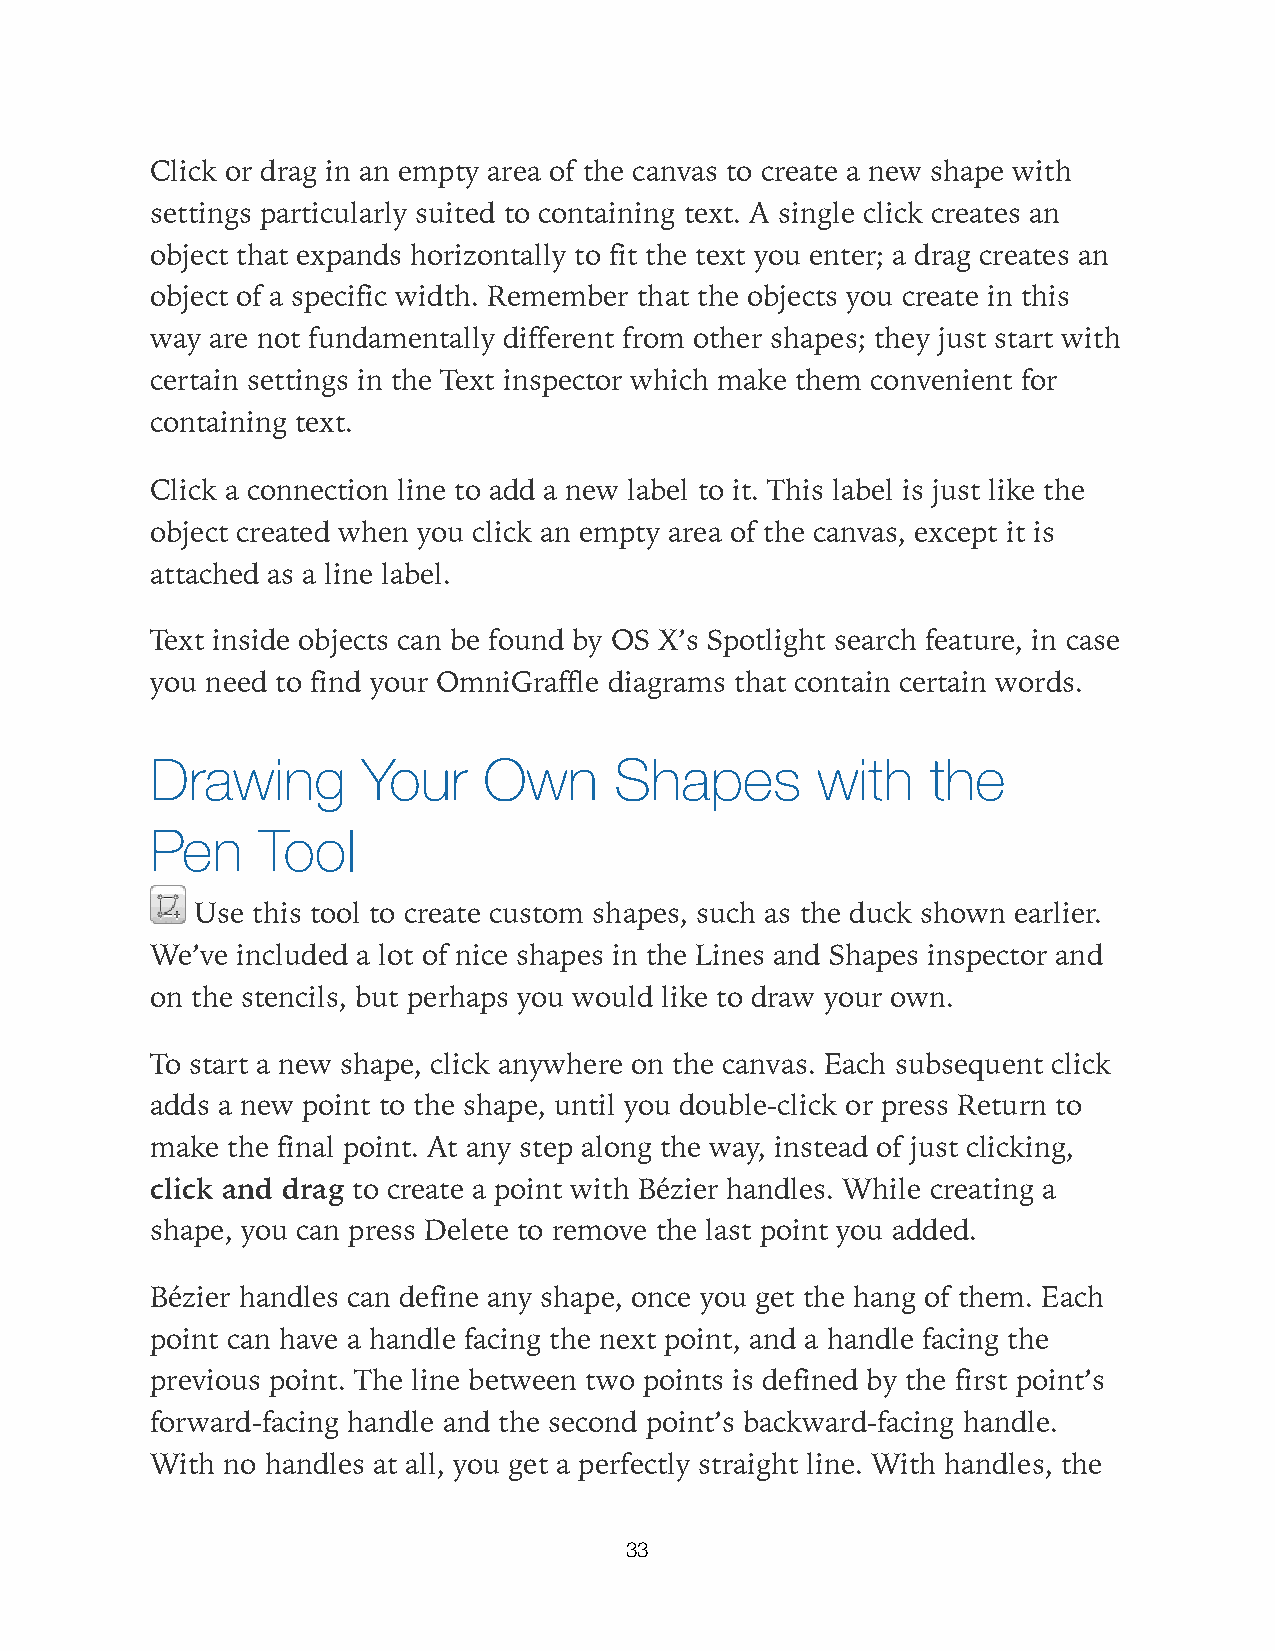
Click or drag in an empty area of the canvas to create a new shape with
 settings particularly suited to containing text. A single click creates an
 object that expands horizontally to fit the text you enter; a drag creates an
 object of a specific width. Remember that the objects you create in this
 way are not fundamentally different from other shapes; they just start with
 certain settings in the Text inspector which make them convenient for
 containing text.
 Click a connection line to add a new label to it. This label is just like the
 object created when you click an empty area of the canvas, except it is
 attached as a line label.
 Text inside objects can be found by OS X’s Spotlight search feature, in case
 you need to find your OmniGraffle diagrams that contain certain words.
 Drawing       Your    Own      Shapes       with    the
 Pen    Tool
 Use this tool to create custom shapes, such as the duck shown earlier.
 We’ve included a lot of nice shapes in the Lines and Shapes inspector and
 on the stencils, but perhaps you would like to draw your own.
 To start a new shape, click anywhere on the canvas. Each subsequent click
 adds a new point to the shape, until you double-click or press Return to
 make the final point. At any step along the way, instead of just clicking,
 click and drag to create a point with Bézier handles. While creating a
 shape, you can press Delete to remove the last point you added.
 Bézier handles can define any shape, once you get the hang of them. Each
 point can have a handle facing the next point, and a handle facing the
 previous point. The line between two points is defined by the first point’s
 forward-facing handle and the second point’s backward-facing handle.
 With no handles at all, you get a perfectly straight line. With handles, the
 33